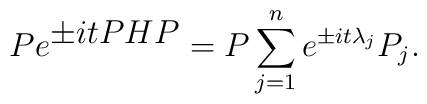
P e^{\textstyle \pm itPHP} = P \sum_{j=1}^{n} e^{\pm it {\lambda}_{j} }P_{j}.